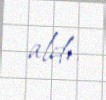
aldı.